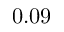
0 . 0 9